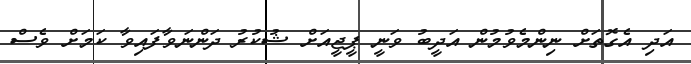
އަދި އެގޮތަށް ނިންމެވުމުން އަދީބު ވަނީ ޕީޖީއަށް ޝުކުރު ދަންނަވާފައިވާ ކަމަށް ވެސް